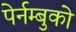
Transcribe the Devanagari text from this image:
पेर्नम्बुको